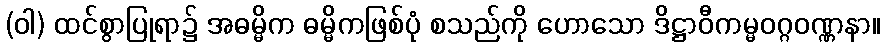
(ဝါ) ထင်စွာပြုရာ၌ အဓမ္မိက ဓမ္မိကဖြစ်ပုံ စသည်ကို ဟောသော ဒိဋ္ဌာဝီကမ္မဝဂ္ဂဝဏ္ဏနာ။